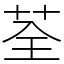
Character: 荃